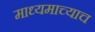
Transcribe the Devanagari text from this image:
माध्यमाच्याच